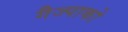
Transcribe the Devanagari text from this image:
गैज्पाको